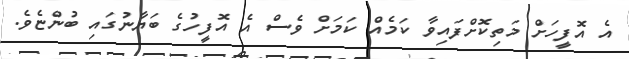
އެ އޮފީހަށް މަތިކޮށްފައިވާ ކަމެއް ކަމަަށް ވެސް އެ އޮފީހުގެ ބަޔާނުގައި ބުންޏެވެ.